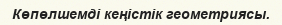
Көпөлшемді кеңістік геометриясы.